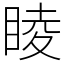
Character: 睖